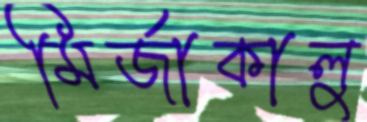
মির্জাকালু